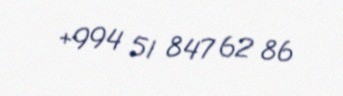
+994 51 847 62 86